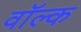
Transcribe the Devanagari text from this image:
वॉल्क